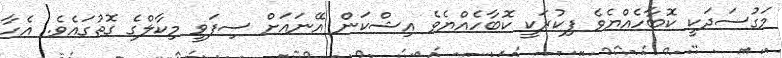
މަގުސަދަކީ ކޮބާހެއްޔެވެ ފިކުރަކީ ކޮބާހެއްޔެވެ އިޝްކަން އޭނައަށް ސިފަވީ މިކާލްގެ ގޮތުގައެވެ. އެހާ